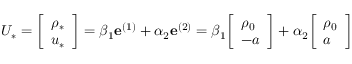
U _ { * } = { \left[ \begin{array} { l } { \rho _ { * } } \\ { u _ { * } } \end{array} \right] } = \beta _ { 1 } \mathbf { e } ^ { ( 1 ) } + \alpha _ { 2 } \mathbf { e } ^ { ( 2 ) } = \beta _ { 1 } { \left[ \begin{array} { l } { \rho _ { 0 } } \\ { - a } \end{array} \right] } + \alpha _ { 2 } { \left[ \begin{array} { l } { \rho _ { 0 } } \\ { a } \end{array} \right] }